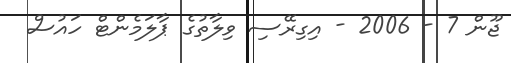
ޖޫން 7 - 2006 - އިގިރޭސި ވިލާތުގެ ޕާލަމެންޓް ހައުސް